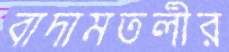
বাদামতলীর